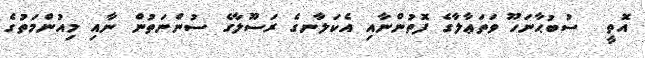
އޮތީ  ސުބުޙާނަހޫ ވަތަޢާލާގެ ފޮތުންނާއި އެކަލާނގެ ރަސޫލާގެ ސުންނަތުން ނާއި މިއުންމަތުގެ